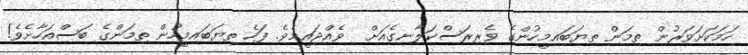
ހަމަކަށަވަރުން ތިމަން ތިޔަބައިމީހުންގެ ވެރިރަސްކަލާނގެއަށް  ވެއްޖައީމެވެ. ފަހެ ތިޔަބައިމީހުން ތިމަންގެ ބަސްއަހާށެވެ!